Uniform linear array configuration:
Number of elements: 32
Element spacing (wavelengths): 0.5
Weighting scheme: hamming
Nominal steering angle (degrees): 15
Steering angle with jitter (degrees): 15.494
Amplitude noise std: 0.05
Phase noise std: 0.05

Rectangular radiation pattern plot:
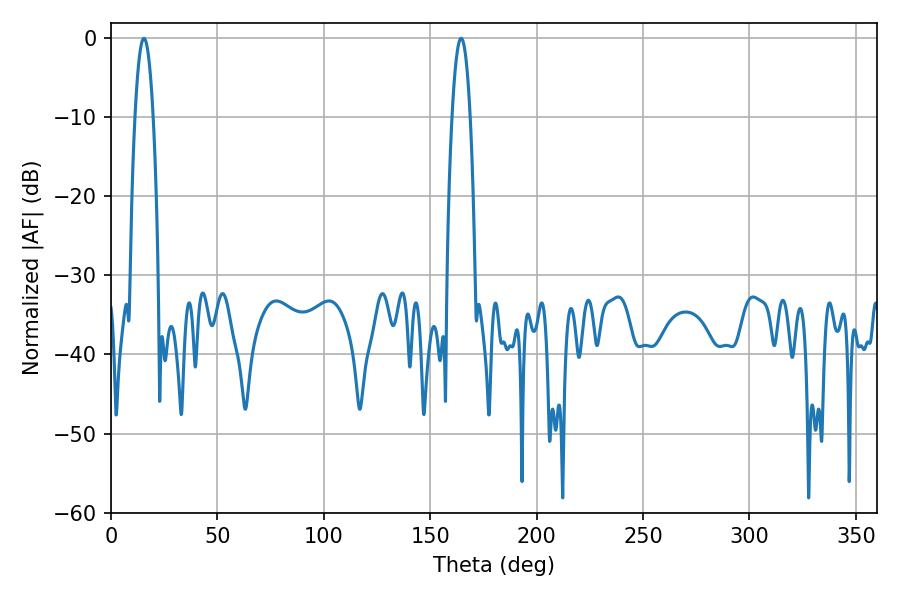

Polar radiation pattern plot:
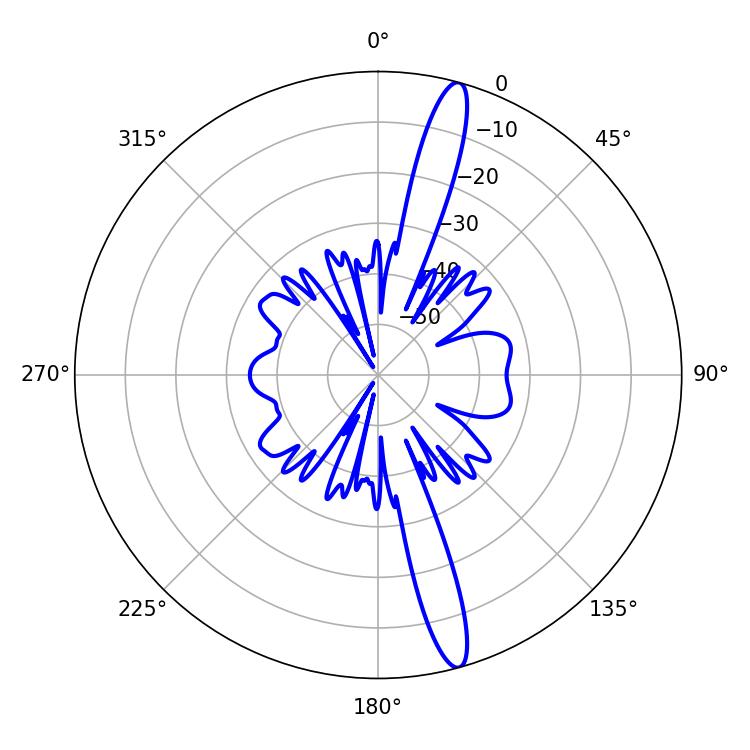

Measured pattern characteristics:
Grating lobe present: FALSE
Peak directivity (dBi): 16.238
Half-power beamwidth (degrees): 4.68
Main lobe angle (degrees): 15.48